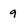
Character: 9